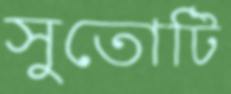
সুতোটি